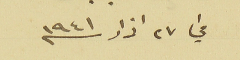
في ٢٧ اذار سنه 1941